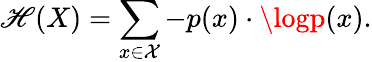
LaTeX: \mathscr{H}(X)=\sum_{x\in\mathcal{{X}}}-p(x)\cdot\logp(x).